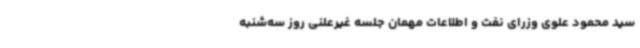
سید محمود علوی وزرای نفت و اطلاعات مهمان جلسه غیرعلنی روز سه‌شنبه